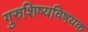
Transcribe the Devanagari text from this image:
गुरुशिष्यविषयक